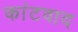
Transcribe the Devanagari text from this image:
कांटवाद